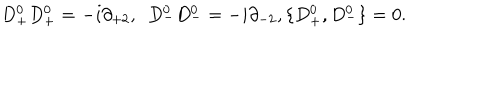
D _ { + } ^ { 0 } D _ { + } ^ { 0 } = - i \partial _ { + 2 } , \ \ D _ { - } ^ { 0 } D _ { - } ^ { 0 } = - i \partial _ { - 2 } , \{ D _ { + } ^ { 0 } , D _ { - } ^ { 0 } \} = 0 .